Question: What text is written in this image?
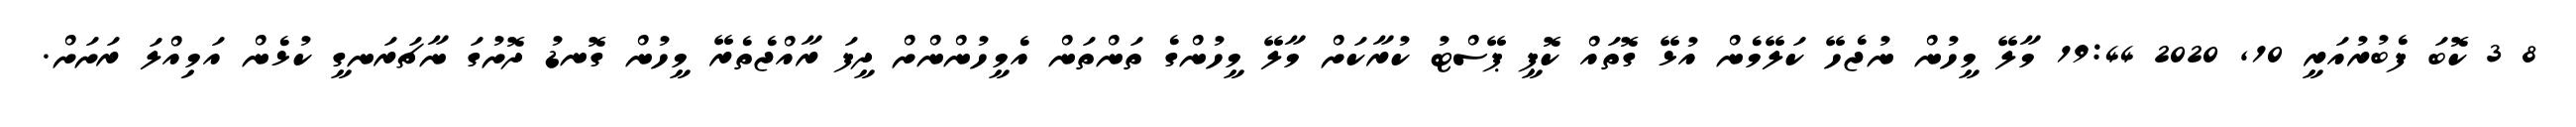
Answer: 8 3 ކޮބަ ފެބުރުއަރީ 10, 2020 19:44 މާލޭ މީހުން ނުޖެހޭ ކަލޭމެން އުޅޭ ގޮތައް ކޮޕީ ޕޭސްޓު ކުރާކަށް މާލޭ މީހުންގެ ތަންތަން އެމީހުންންށް ދީފަ ރާއްޖެތެރޭ މީހުން ގޮނޑު ދޮށުގަ ނާޗަރަނގީ ކުޅެން އަމިއްލަ ރަށަށް.